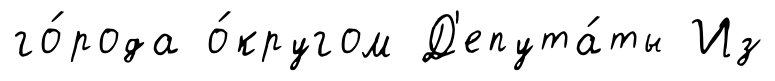
го́рода о́кругом Д'епута́ты Из